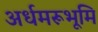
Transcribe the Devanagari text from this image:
अर्धमरूभूमि